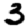
Digit: 3